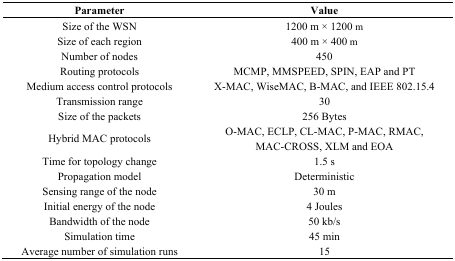
| Parameter | Value |
 | --- | --- |
 | Size of the WSN | 1200 m × 1200 m |
 | Size of each region | 400 m × 400 m |
 | Number of nodes | 450 |
 | Routing protocols | MCMP, MMSPEED, SPIN, EAP and PT |
 | Medium access control protocols | X-MAC, WiseMAC, B-MAC, and IEEE 802.15.4 |
 | Transmission range | 30 |
 | Size of the packets | 256 Bytes |
 | Hybrid MAC protocols | O-MAC, ECLP, CL-MAC, P-MAC, RMAC, MAC-CROSS, XLM and EOA |
 | Time for topology change | 1.5 s |
 | Propagation model | Deterministic |
 | Sensing range of the node | 30 m |
 | Initial energy of the node | 4 Joules |
 | Bandwidth of the node | 50 kb/s |
 | Simulation time | 45 min |
 | Average number of simulation runs | 15 |